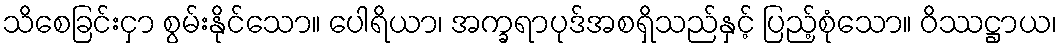
သိစေခြင်းငှာ စွမ်းနိုင်သော။ ပေါရိယာ၊ အက္ခရာပုဒ်အစရှိသည်နှင့် ပြည့်စုံသော။ ဝိဿဋ္ဌာယ၊